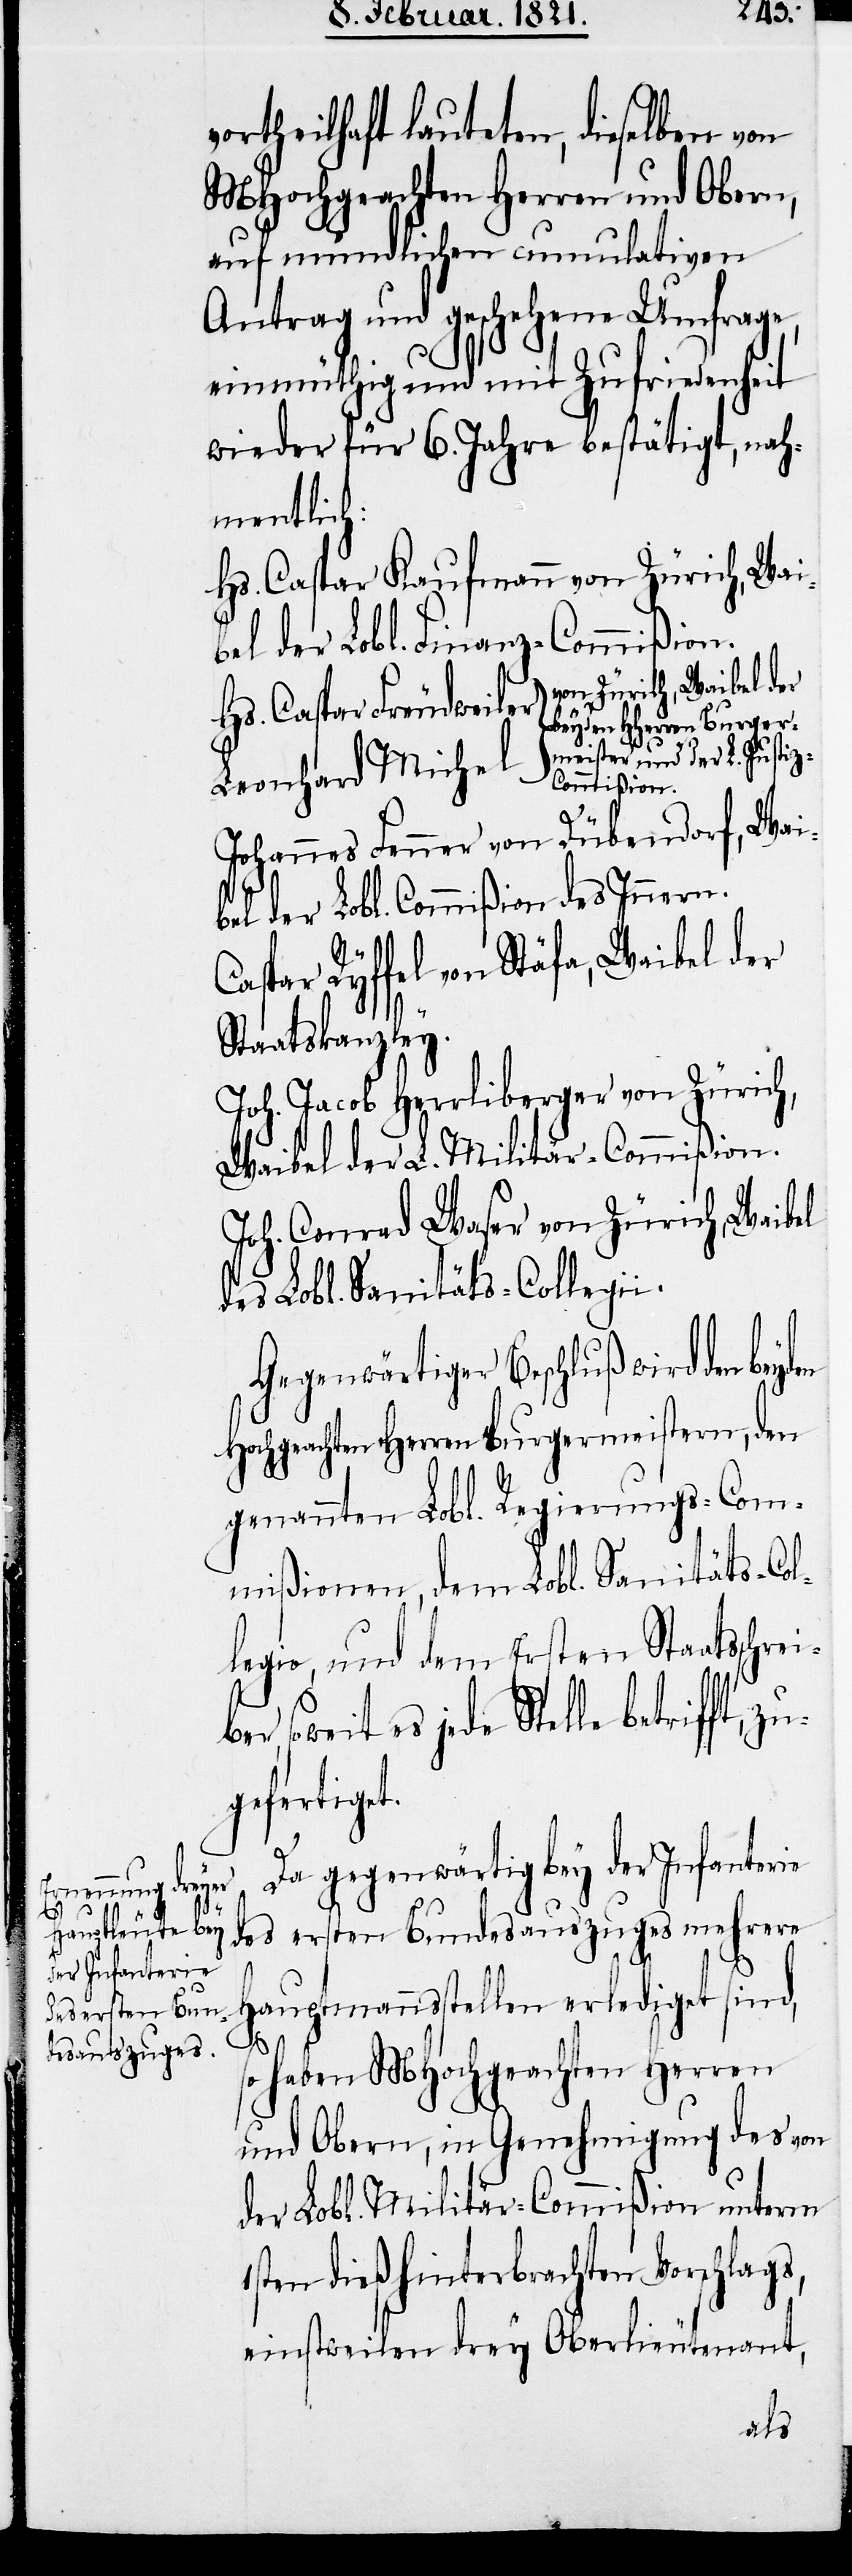
vortheilhaft lauteten, dieselben von
MHochgeachten Herren und Obern,
auf mündlichen cumulativen
Antrag und geschehene Umfrage,
einmüthig und mit Zufriedenheit
wieder für 6. Jahre bestätigt, nah¬
mentlich:
Hs. Caspar Kaufmann von Zürich, Wai¬
bel der Lobl. Finanz-Commißion.
von Zürich, Waibel der
Hs. Caspar Freudweiler
beyden HHerren Burger¬
zu¬
meister und der L. Justiz-C¬
Leonhard Michel
ommißion.
Johannes Fenner von Dübendorf, Wai¬
bel der Lobl. Commißion des Innern.
Caspar Ryffel von Stäfa, Waibel der
Staatskanzley.
Joh. Jacob Herrliberger von Zürich,
Waibel der L. Militär-Commißion.
Joh. Conrad Waser von Zürich, Waibel
des Lobl. Sanitäts-Collegii.
Gegenwärtiger Beschluß wird den
Hochgeachten Herren Burgermeistern, den
genannten Lobl. Regierungs-Com¬
mißionen, dem Lobl. Sanitäts-Col¬
legio, und dem Ersten Staatsschrei¬
es jede Stelle betrifft,
gefertiget.
Da gegenwärtig bey der Infanterie
des ersten Bundesauszuges mehrere
Hauptmannstellen erlediget sind,
haben MHochgeachten Herren
und Obern, in Genehmigung des von
der Lobl. Militär-Commißion unterm
1sten dieß hinterbrachten Vorschlags,
einstweilen drey Oberlieutenant,